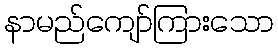
နာမည်ကျော်ကြားသော